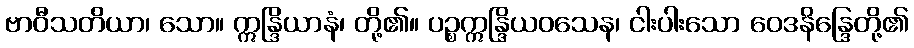
ဗာဝီသတိယာ၊ သော။ ဣန္ဒြိယာနံ၊ တို့၏။ ပဉ္စဣန္ဒြိယဝသေန၊ ငါးပါးသော ဝေဒနိန္ဒြေတို့၏